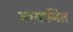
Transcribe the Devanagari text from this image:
आयानित